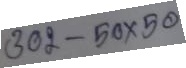
302 - 50 x 50